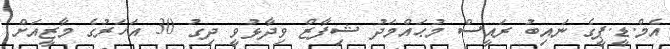
އެމް.ޑީ.ޕީގެ ނައިބު ރައީސް މުޙައްމަދު ޝިފާޒް ވިދާޅުވީ ދިގު 30 އަހަރުގެ މާޒީއަށް